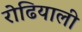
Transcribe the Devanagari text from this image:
रोढियाली